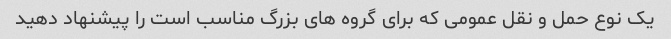
یک نوع حمل و نقل عمومی که برای گروه های بزرگ مناسب است را پیشنهاد دهید